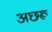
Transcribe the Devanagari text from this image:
अछरू